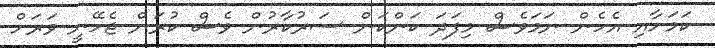
ކަމަށާއި އެހެން ނަމަވެސް މިފަދަ ކަންކަން ސަރުކާރުން ވެސް ކުރަން ޖެހޭނީ ވަރަށް